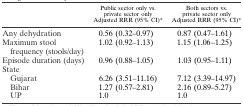
<table><thead><tr><td></td><td><b>Public sector only vs. private sector only Adjusted RRR (95% CI)*</b></td><td><b>Both sectors vs. private sector only Adjusted RRR (95% CI)*</b></td></tr></thead><tbody><tr><td>Any dehydration</td><td>0.56 (0.32–0.97)</td><td>0.87 (0.47–1.61)</td></tr><tr><td>Maximum stool frequency (stools/day)</td><td>1.02 (0.92–1.13)</td><td>1.15 (1.06–1.25)</td></tr><tr><td>Episode duration (days)</td><td>0.96 (0.88–1.05)</td><td>1.03 (0.95–1.11)</td></tr><tr><td colspan="3">State</td></tr><tr><td> Gujarat</td><td>6.26 (3.51–11.16)</td><td>7.12 (3.39–14.97)</td></tr><tr><td> Bihar</td><td>1.27 (0.57–2.81)</td><td>2.16 (0.89–5.27)</td></tr><tr><td> UP</td><td>1.0</td><td>1.0</td></tr></tbody></table>